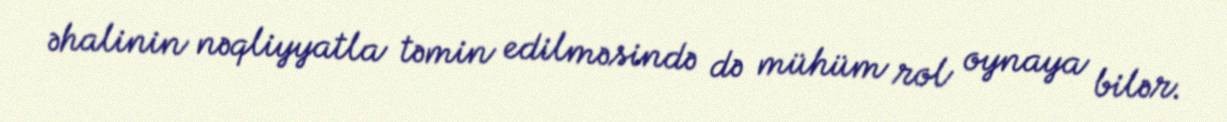
əhalinin nəqliyyatla təmin edilməsində də mühüm rol oynaya bilər.